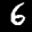
Label: 6